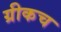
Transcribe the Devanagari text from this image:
ग्रीकच